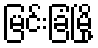
မြင်းခြံမြို့